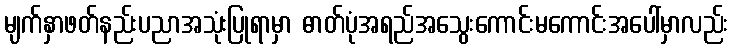
မျက်နှာဖတ်နည်းပညာအသုံးပြုရာမှာ ဓာတ်ပုံအရည်အသွေးကောင်းမကောင်းအပေါ်မှာလည်း